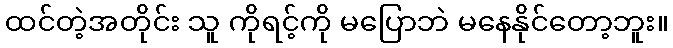
ထင်တဲ့အတိုင်း သူ ကိုရင့်ကို မပြောဘဲ မနေနိုင်တော့ဘူး။